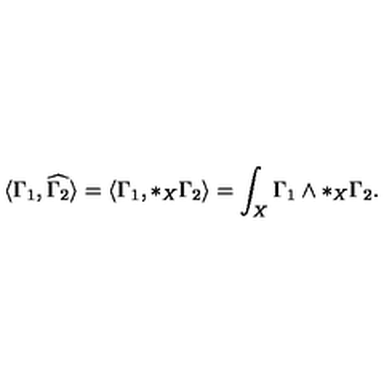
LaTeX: \langle \Gamma _ { 1 } , \widehat { \Gamma _ { 2 } } \rangle = \langle \Gamma _ { 1 } , * _ { X } \Gamma _ { 2 } \rangle = \int _ { X } \Gamma _ { 1 } \wedge * _ { X } \Gamma _ { 2 } .